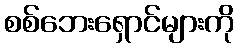
စစ်ဘေးရှောင်များကို